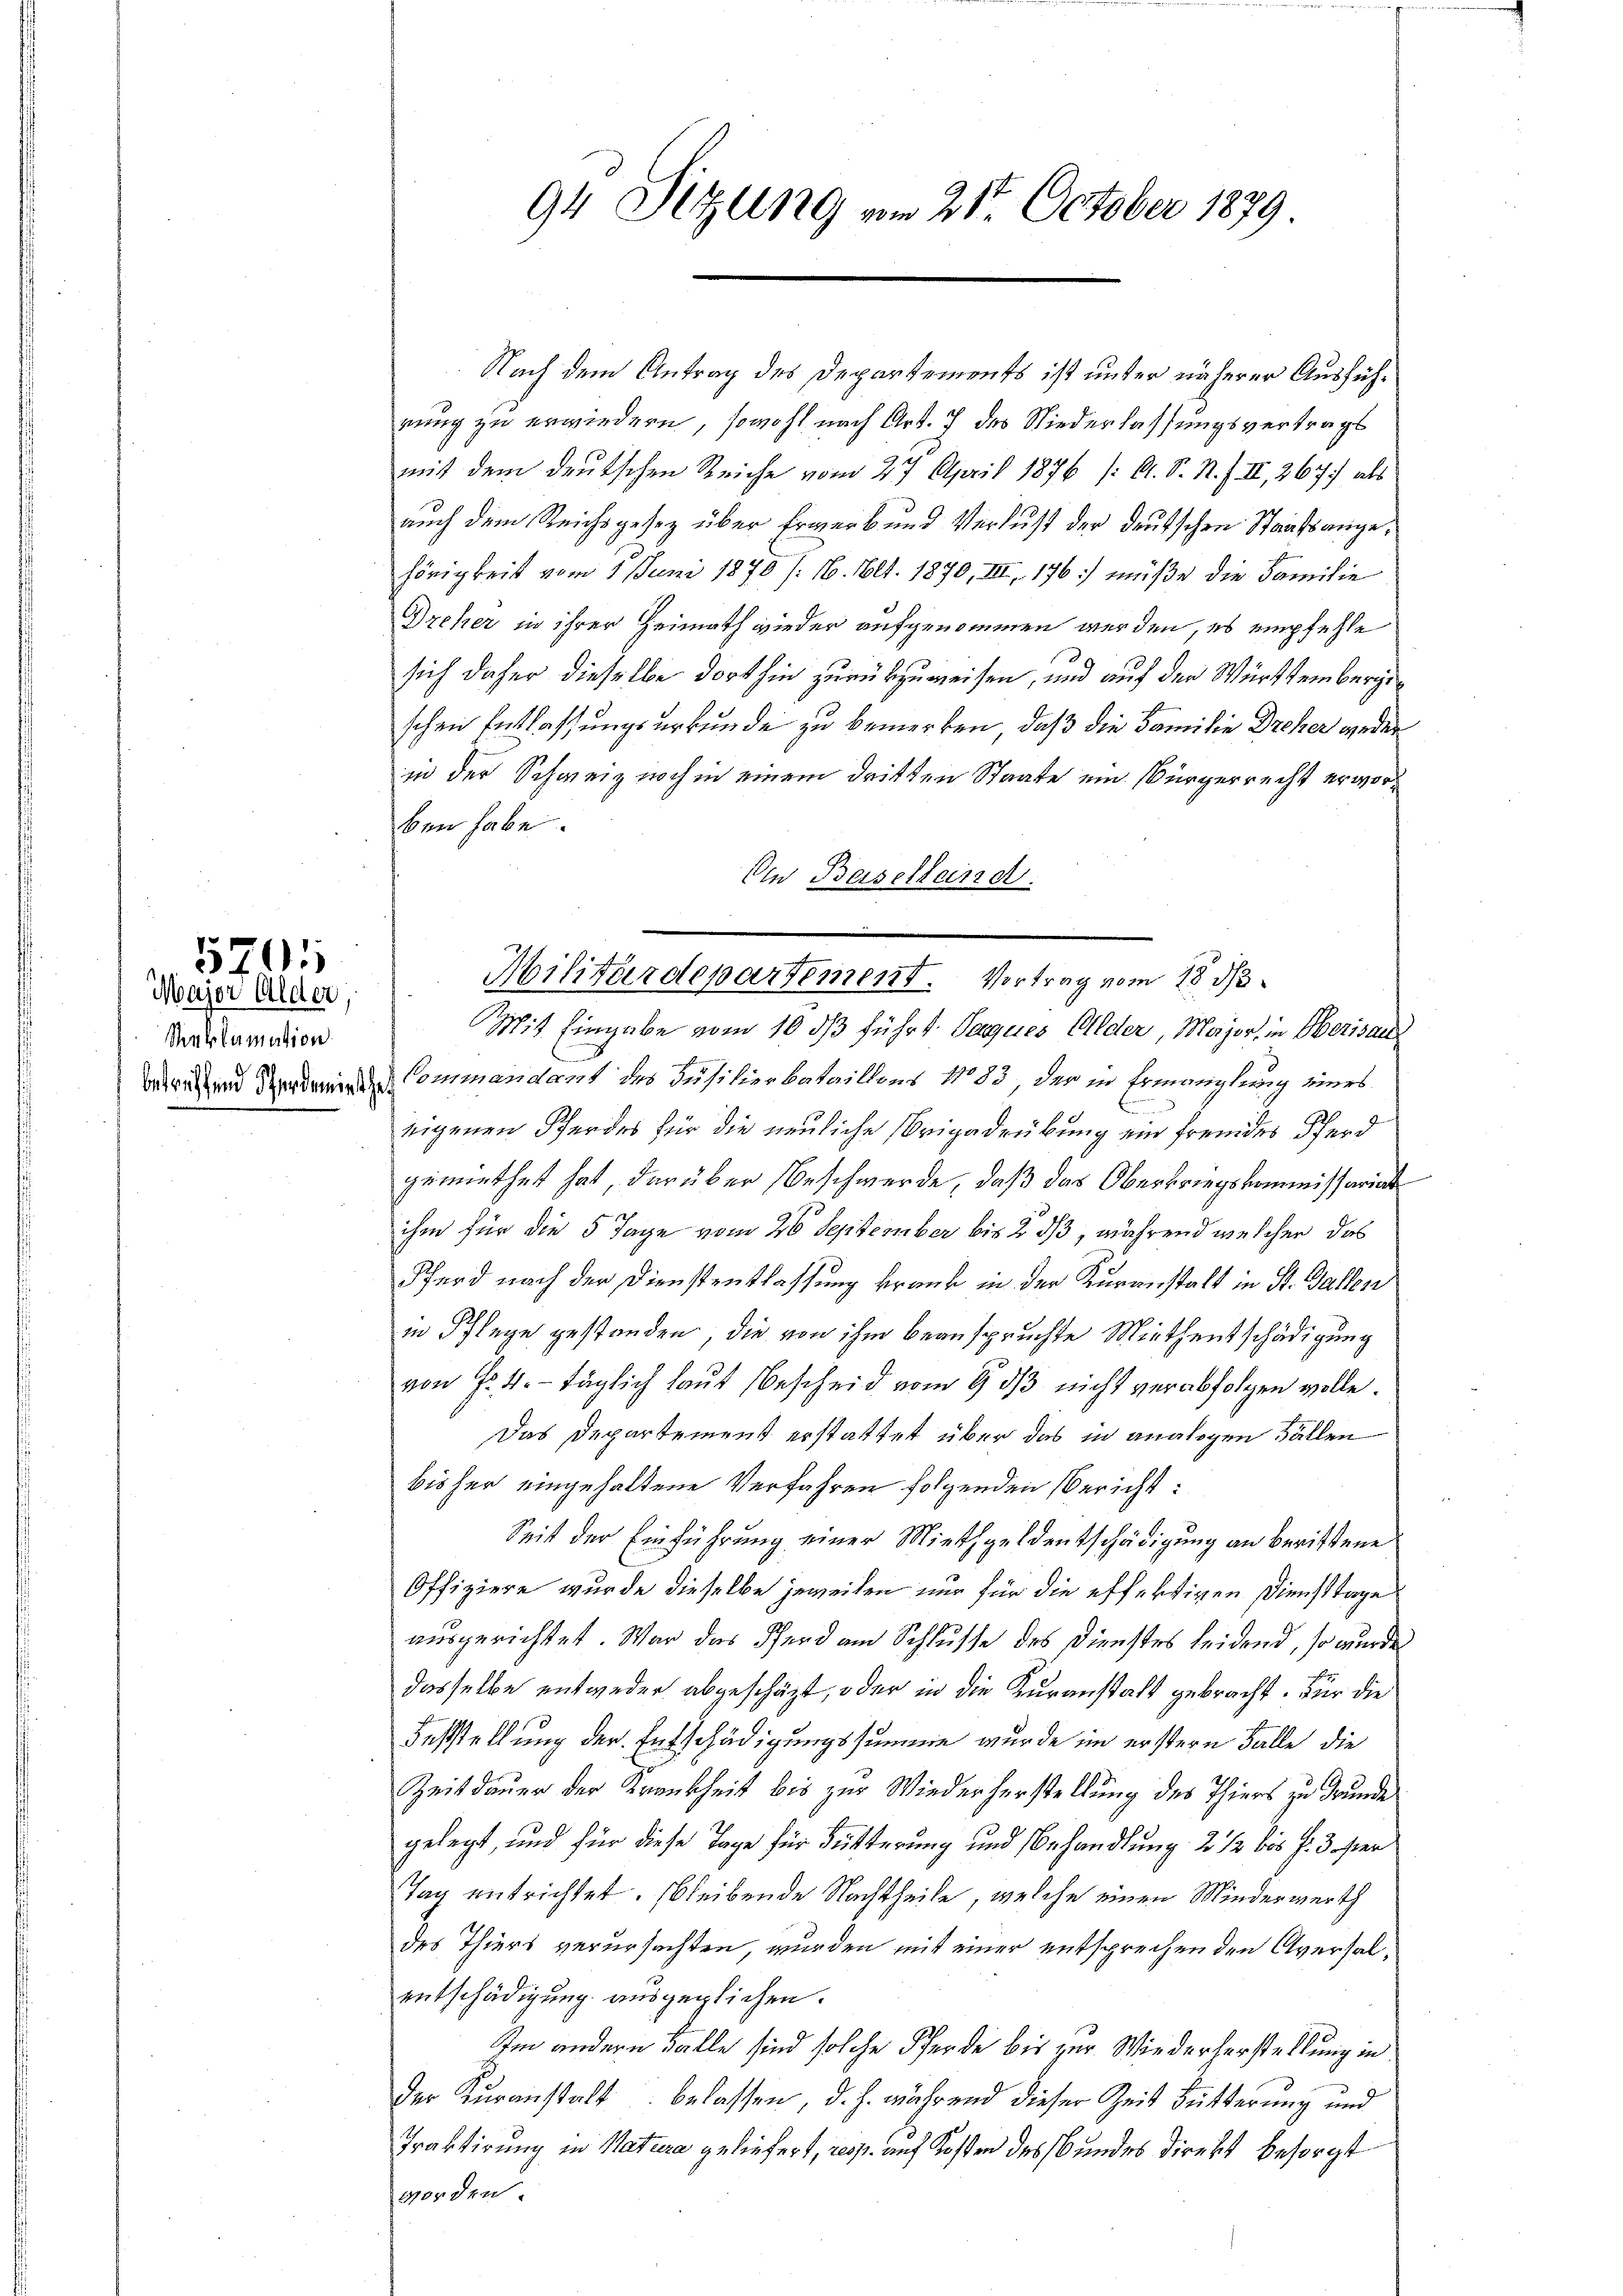
Reklamation

5701
Major Alder

94 Sitzung vom 21ten October 1879

Nach dem Antrag des Departements ist unter näherer Ausführung zu erwiedern, sowohl nach Art. 7 des Niederlassungsvertrags
mit dem deutschen Reiche vom 27. April 1876 /: A. S. N. F. II, 267) als
auch dem Reichsgesetz über Erwerb und Verlust der deutschen Staatsangehörigkeit vom 1. Juni 1870 /: 16. Mlt. 1870, III, 176. müße die Familie
Dreher in ihrer Heimath wieder aufgenommen werden, es empfehle
sich daher dieselbe dorthin zurückzuweisen, und auf der Württembergischen Entlassungsurkunde zu bemerken, daß die Familie Dreher weder
in der Schweiz noch in einem dritten Staate ein Bürgerrecht erworben habe.
An Baselland.
Mit Eingabe vom 10. ds führt. Paques Alder, Major, in Oberisau
weren und Verden Commandant des Jusilierbataillons No 83, der in Ermanglung eines
eigenen Pferdes für die neuliche Brigadeübung ein fremdes Pferd
gemiethet hat, darüber Beschwerde, daß das Oberkriegskommissariat
ihm für die 5 Tage vom 26 September bis 2 daß, während welcher das
Pferd nach der Dienstentlassung krank in der Kuranstalt in St. Gallen
in Pflege gestanden, die von ihm beanspruchte Miethentschädigung
von Fr. 4. täglich laut Bescheid vom 9. dβ nicht verabfolgen wolle.
Das Departement erstattet über das in analogen Fällen
bisher eingehaltene Verfahren folgenden Bericht:
Seit der Einführung einer Miethgeldentschädigung an berittene
Offiziere wurde dieselbe jeweilen nur für die effertigen Diensttage
ausgerichtet. War das Pfand am Schlusse des Dienstes leidend, so wurde
dasselbe entweder abgeschäzt, oder in die Kuranstalt gebracht. Für die
Feststellung der Entschädigungssumme wurde im erstern Falle die
Zeitdauer der Krankheit bis zur Wiederherstellung des Thiers zu Grunde
gelegt, und für diese Tage für Futterung und Behandlung 2 1/2 bis d. 3 ster
Tag entrichtet. bleibende Nachtheile, welche einen Minderwerth
des Thiers verursachten, wurden mit einer entsprechenden Aversalentschädigung ausgeglichen.
Im andern Falle sind solche Pferde bis zur Wiederherstellung in
der Kuranstalt belassen, d. J. während dieser Zeit Butterung und
Praktirung in Natura geliefert, resp. auf Kosten des Bundes Direkt besorgt
vorden.

Militärdepartement. Vortrag vom 18. ds